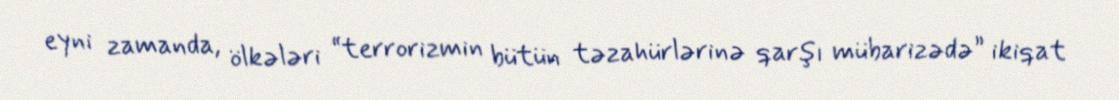
eyni zamanda, ölkələri “terrorizmin bütün təzahürlərinə qarşı mübarizədə” ikiqat